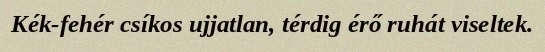
Kék-fehér csíkos ujjatlan, térdig érő ruhát viseltek.